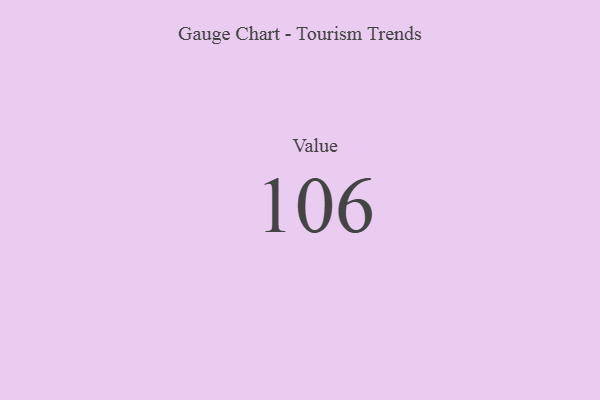
{"axis": {"x": "Metric", "y": "Value"}, "legend": [""], "data": [{"x": "Value", "y": 106, "type": ""}]}